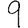
Digit: 9